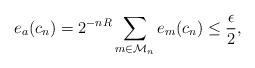
LaTeX: \begin{align*} e_a(c_n)=2^{-nR}\sum_{m\in\mathcal{M}_n}e_m(c_n)\leq\frac{\epsilon}{2},\end{align*}